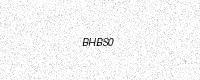
Text: BHBS0